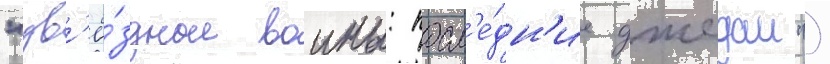
"зв'ё́здные воины: посл'е́дн'ие джедаи")